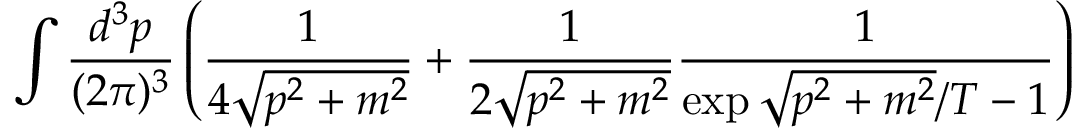
\int \frac { d ^ { 3 } p } { ( 2 \pi ) ^ { 3 } } \left( \frac { 1 } { 4 \sqrt { p ^ { 2 } + m ^ { 2 } } } + \frac { 1 } { 2 \sqrt { p ^ { 2 } + m ^ { 2 } } } \frac { 1 } { \exp { \sqrt { p ^ { 2 } + m ^ { 2 } } / T } - 1 } \right)